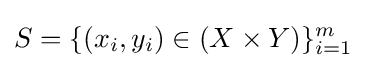
S=\{(x_{i},y_{i})\in (X\times Y)\}_{i=1}^{m}